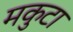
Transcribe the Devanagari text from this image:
मकुटा